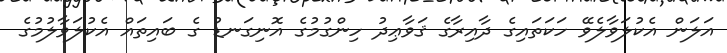
އަލަން އެކުލަވާލެވޭ ހަކަތައިގެ ދާއިރާގެ ޤަވާޢިދު ހިންގުމުގެ އޮނިގަނޑު ގެ ބައިތައް އެކުލަވާލުމުގެ